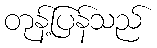
တုန့်ပြန်သည်